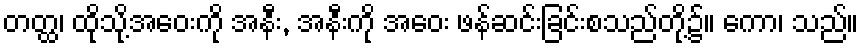
တတ္ထ၊ ထိုသို့အဝေးကို အနီး, အနီးကို အဝေး ဖန်ဆင်းခြင်းစသည်တို့၌။ ကော၊ သည်။